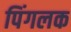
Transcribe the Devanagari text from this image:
पिंगलक